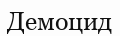
Демоцид